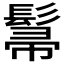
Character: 𮫌